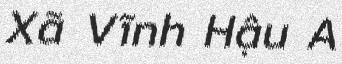
Xã Vĩnh Hậu A